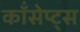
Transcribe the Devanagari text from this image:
कॉंसेप्ट्स